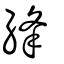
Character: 綘